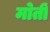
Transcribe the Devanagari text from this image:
मोतीं